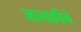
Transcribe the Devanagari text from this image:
जानकीने